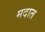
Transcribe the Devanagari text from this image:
मदात